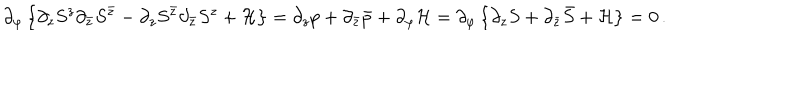
\partial _ { \varphi } \left\{ \partial _ { z } S ^ { z } \partial _ { \bar { z } } S ^ { \bar { z } } - \partial _ { z } S ^ { \bar { z } } \partial _ { \bar { z } } S ^ { z } + { \cal { H } } \right\} = \partial _ { z } p + \partial _ { \bar { z } } \bar { p } + \partial _ { \varphi } { \cal H } = \partial _ { \varphi } \left\{ \partial _ { z } S + \partial _ { \bar { z } } \bar { S } + { \cal H } \right\} = 0 \, .